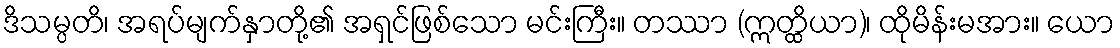
ဒိသမ္ပတိ၊ အရပ်မျက်နှာတို့၏ အရှင်ဖြစ်သော မင်းကြီး။ တဿာ (ဣတ္ထိယာ)၊ ထိုမိန်းမအား။ ယော